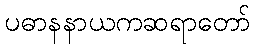
ပဓာနနာယကဆရာတော်